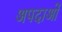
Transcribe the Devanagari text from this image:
अपदाओं